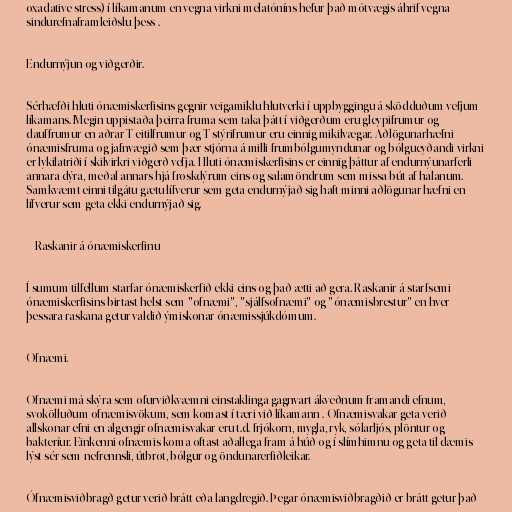
oxadative stress) í líkamanum en vegna virkni melatóníns hefur það mótvægis áhrif vegna
sindurefnaframleiðslu þess .

Endurnýjun og viðgerðir.

Sérhæfði hluti ónæmiskerfisins gegnir veigamiklu hlutverki í uppbyggingu á sködduðum vefjum
líkamans. Megin uppistaða þeirra fruma sem taka þátt í viðgerðum eru gleypifrumur og
dauffrumur en aðrar T-eitilfrumur og T-stýrifrumur eru einnig mikilvægar. Aðlögunarhæfni
ónæmisfruma og jafnvægið sem þær stjórna á milli frumbólgumyndunar og bólgueyðandi virkni
er lykilatriði í skilvirkri viðgerð vefja. Hluti ónæmiskerfisins er einnig þáttur af endurnýunarferli
annara dýra, meðal annars hjá froskdýrum eins og salamöndrum sem missa bút af halanum.
Samkvæmt einni tilgátu gætu lífverur sem geta endurnýjað sig haft minni aðlögunar hæfni en
lífverur sem geta ekki endurnýjað sig.

= Raskanir á ónæmiskerfinu =

Í sumum tilfellum starfar ónæmiskerfið ekki eins og það ætti að gera. Raskanir á starfsemi
ónæmiskerfisins birtast helst sem "ofnæmi", "sjálfsofnæmi" og "ónæmisbrestur" en hver
þessara raskana getur valdið ýmiskonar ónæmissjúkdómum.

Ofnæmi.

Ofnæmi má skýra sem ofurviðkvæmni einstaklinga gagnvart ákveðnum framandi efnum,
svokölluðum ofnæmisvökum, sem komast í tæri við líkamann . Ofnæmisvakar geta verið
allskonar efni en algengir ofnæmisvakar eru t.d. frjókorn, mygla, ryk, sólarljós, plöntur og
bakteríur. Einkenni ofnæmis koma oftast aðallega fram á húð og í slímhimnu og geta til dæmis
lýst sér sem nefrennsli, útbrot, bólgur og öndunarerfiðleikar.

Ófnæmisviðbragð getur verið brátt eða langdregið. Þegar ónæmisviðbragðið er brátt getur það